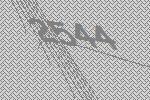
2544